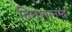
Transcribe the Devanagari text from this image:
दिनेशानन्द